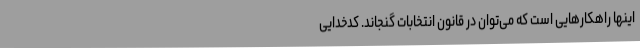
اینها راهکارهایی است که می‌توان در قانون انتخابات گنجاند. کدخدایی